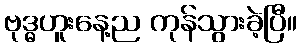
ဗုဒ္ဓဟူးနေ့ည ကုန်သွားခဲ့ပြီ။